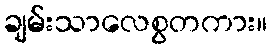
ချမ်းသာလေစွတကား။